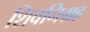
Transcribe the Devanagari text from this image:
शिवनिग्रह